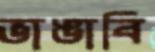
ভাঙাবি